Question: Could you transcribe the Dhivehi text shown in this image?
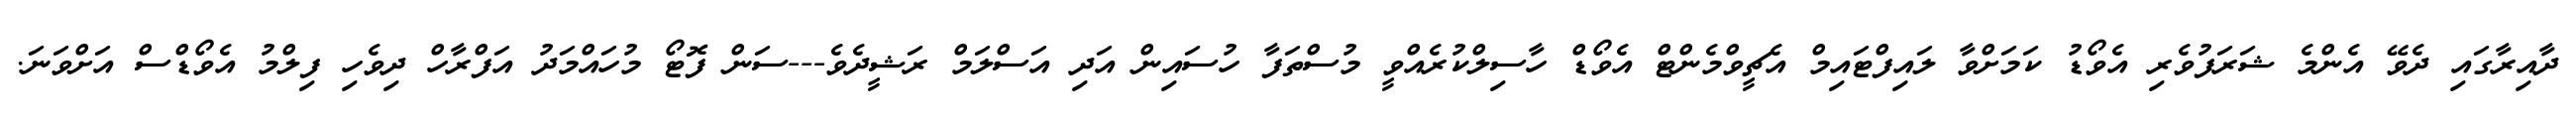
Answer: ދާއިރާގައި ދެވޭ އެންމެ ޝަރަފުވެރި އެވޯޑު ކަމަށްވާ ލައިފްޓައިމް އެޗީވްމެންޓް އެވޯޑް ހާސިލްކުރެއްވީ މުސްތަފާ ހުސައިން އަދި އަސްލަމް ރަޝީދެވެ---ސަން ފޮޓޯ މުހައްމަދު އަފްރާހް ދިވެހި ފިލްމު އެވޯޑްސް އަށްވަނަ.